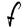
Character: F